Language: tamil
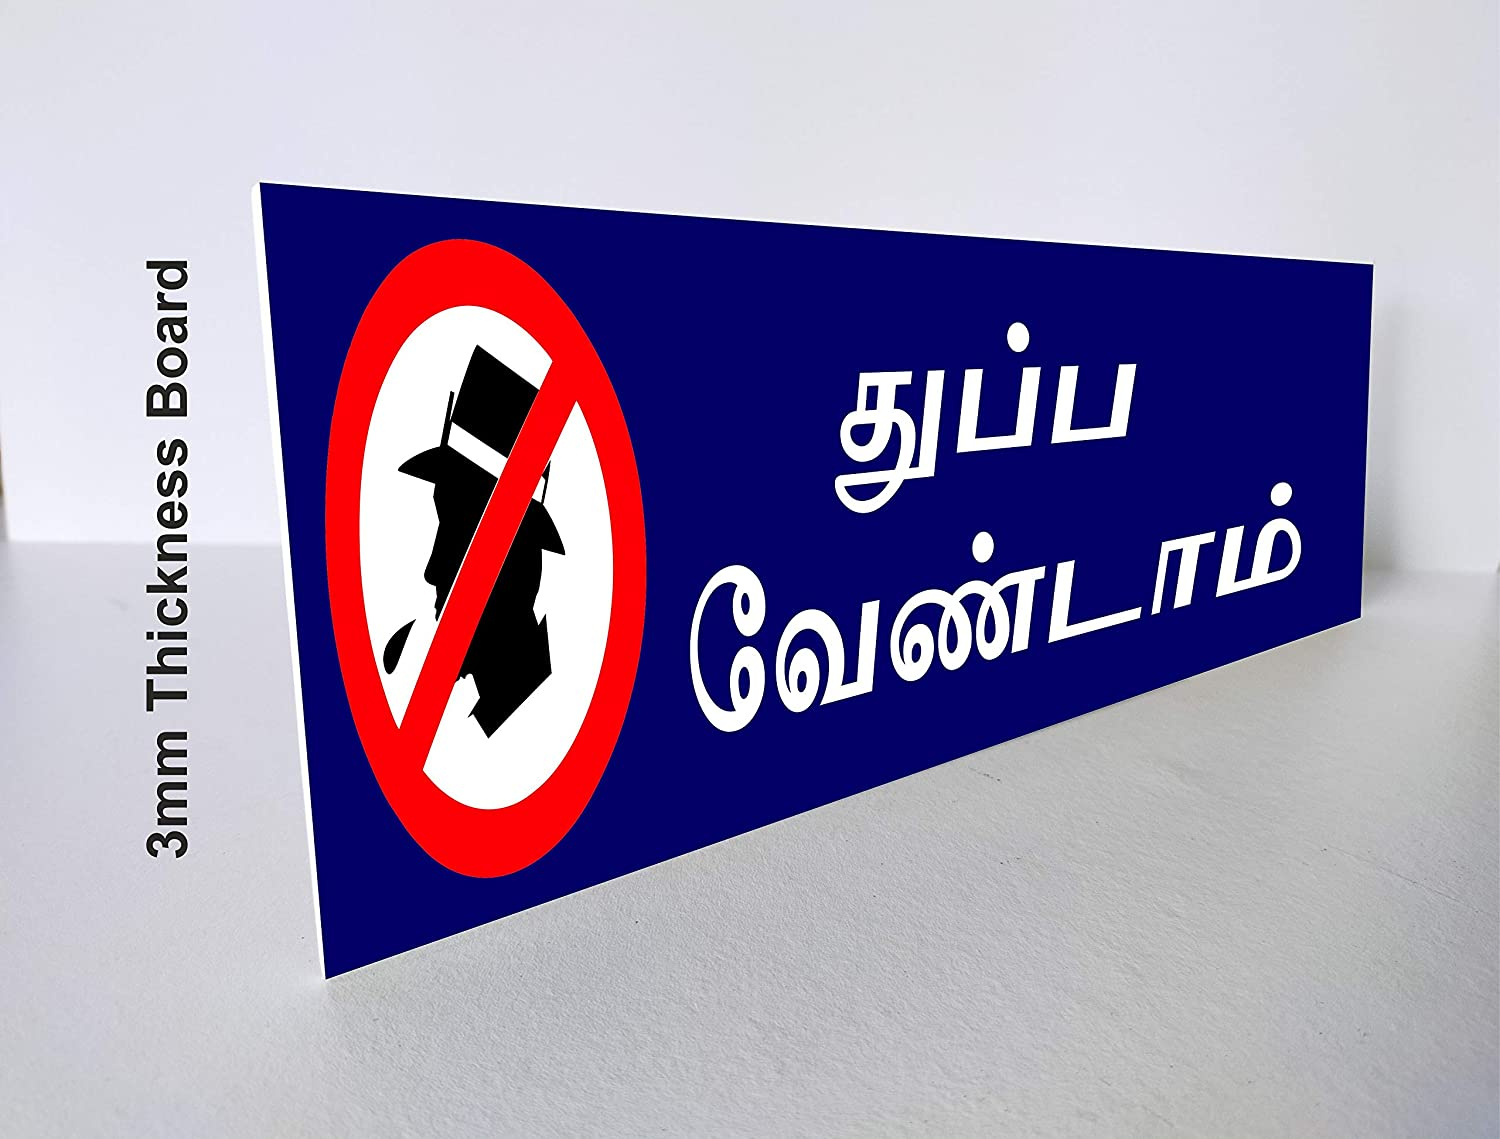
Transcription: வேண்டாம் துப்ப